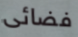
فضائى